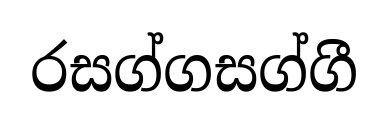
රසග්ගසග්ගී